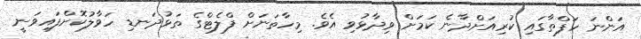
އަންނަ ހަފްތާގައި ކުރިއަށްދާނެ ކަމަށް ވިދާޅުވި އެވެ. މިހާތަނަށް ފްލެޓްގެ ތަޅުދަނޑި ހަވާލުކޮށްފައިވަނީ